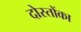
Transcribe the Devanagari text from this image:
दोस्तोंका